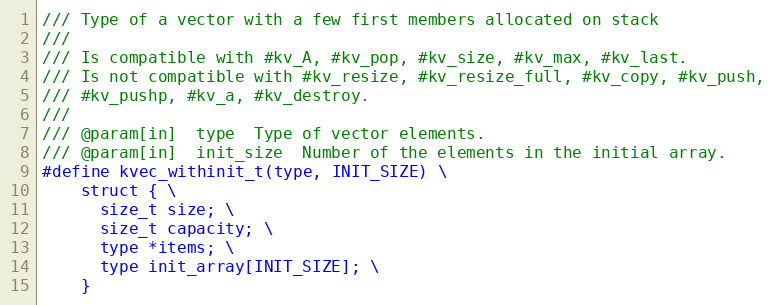
Language: C
/// Type of a vector with a few first members allocated on stack
///
/// Is compatible with #kv_A, #kv_pop, #kv_size, #kv_max, #kv_last.
/// Is not compatible with #kv_resize, #kv_resize_full, #kv_copy, #kv_push,
/// #kv_pushp, #kv_a, #kv_destroy.
///
/// @param[in]  type  Type of vector elements.
/// @param[in]  init_size  Number of the elements in the initial array.
#define kvec_withinit_t(type, INIT_SIZE) \
    struct { \
      size_t size; \
      size_t capacity; \
      type *items; \
      type init_array[INIT_SIZE]; \
    }